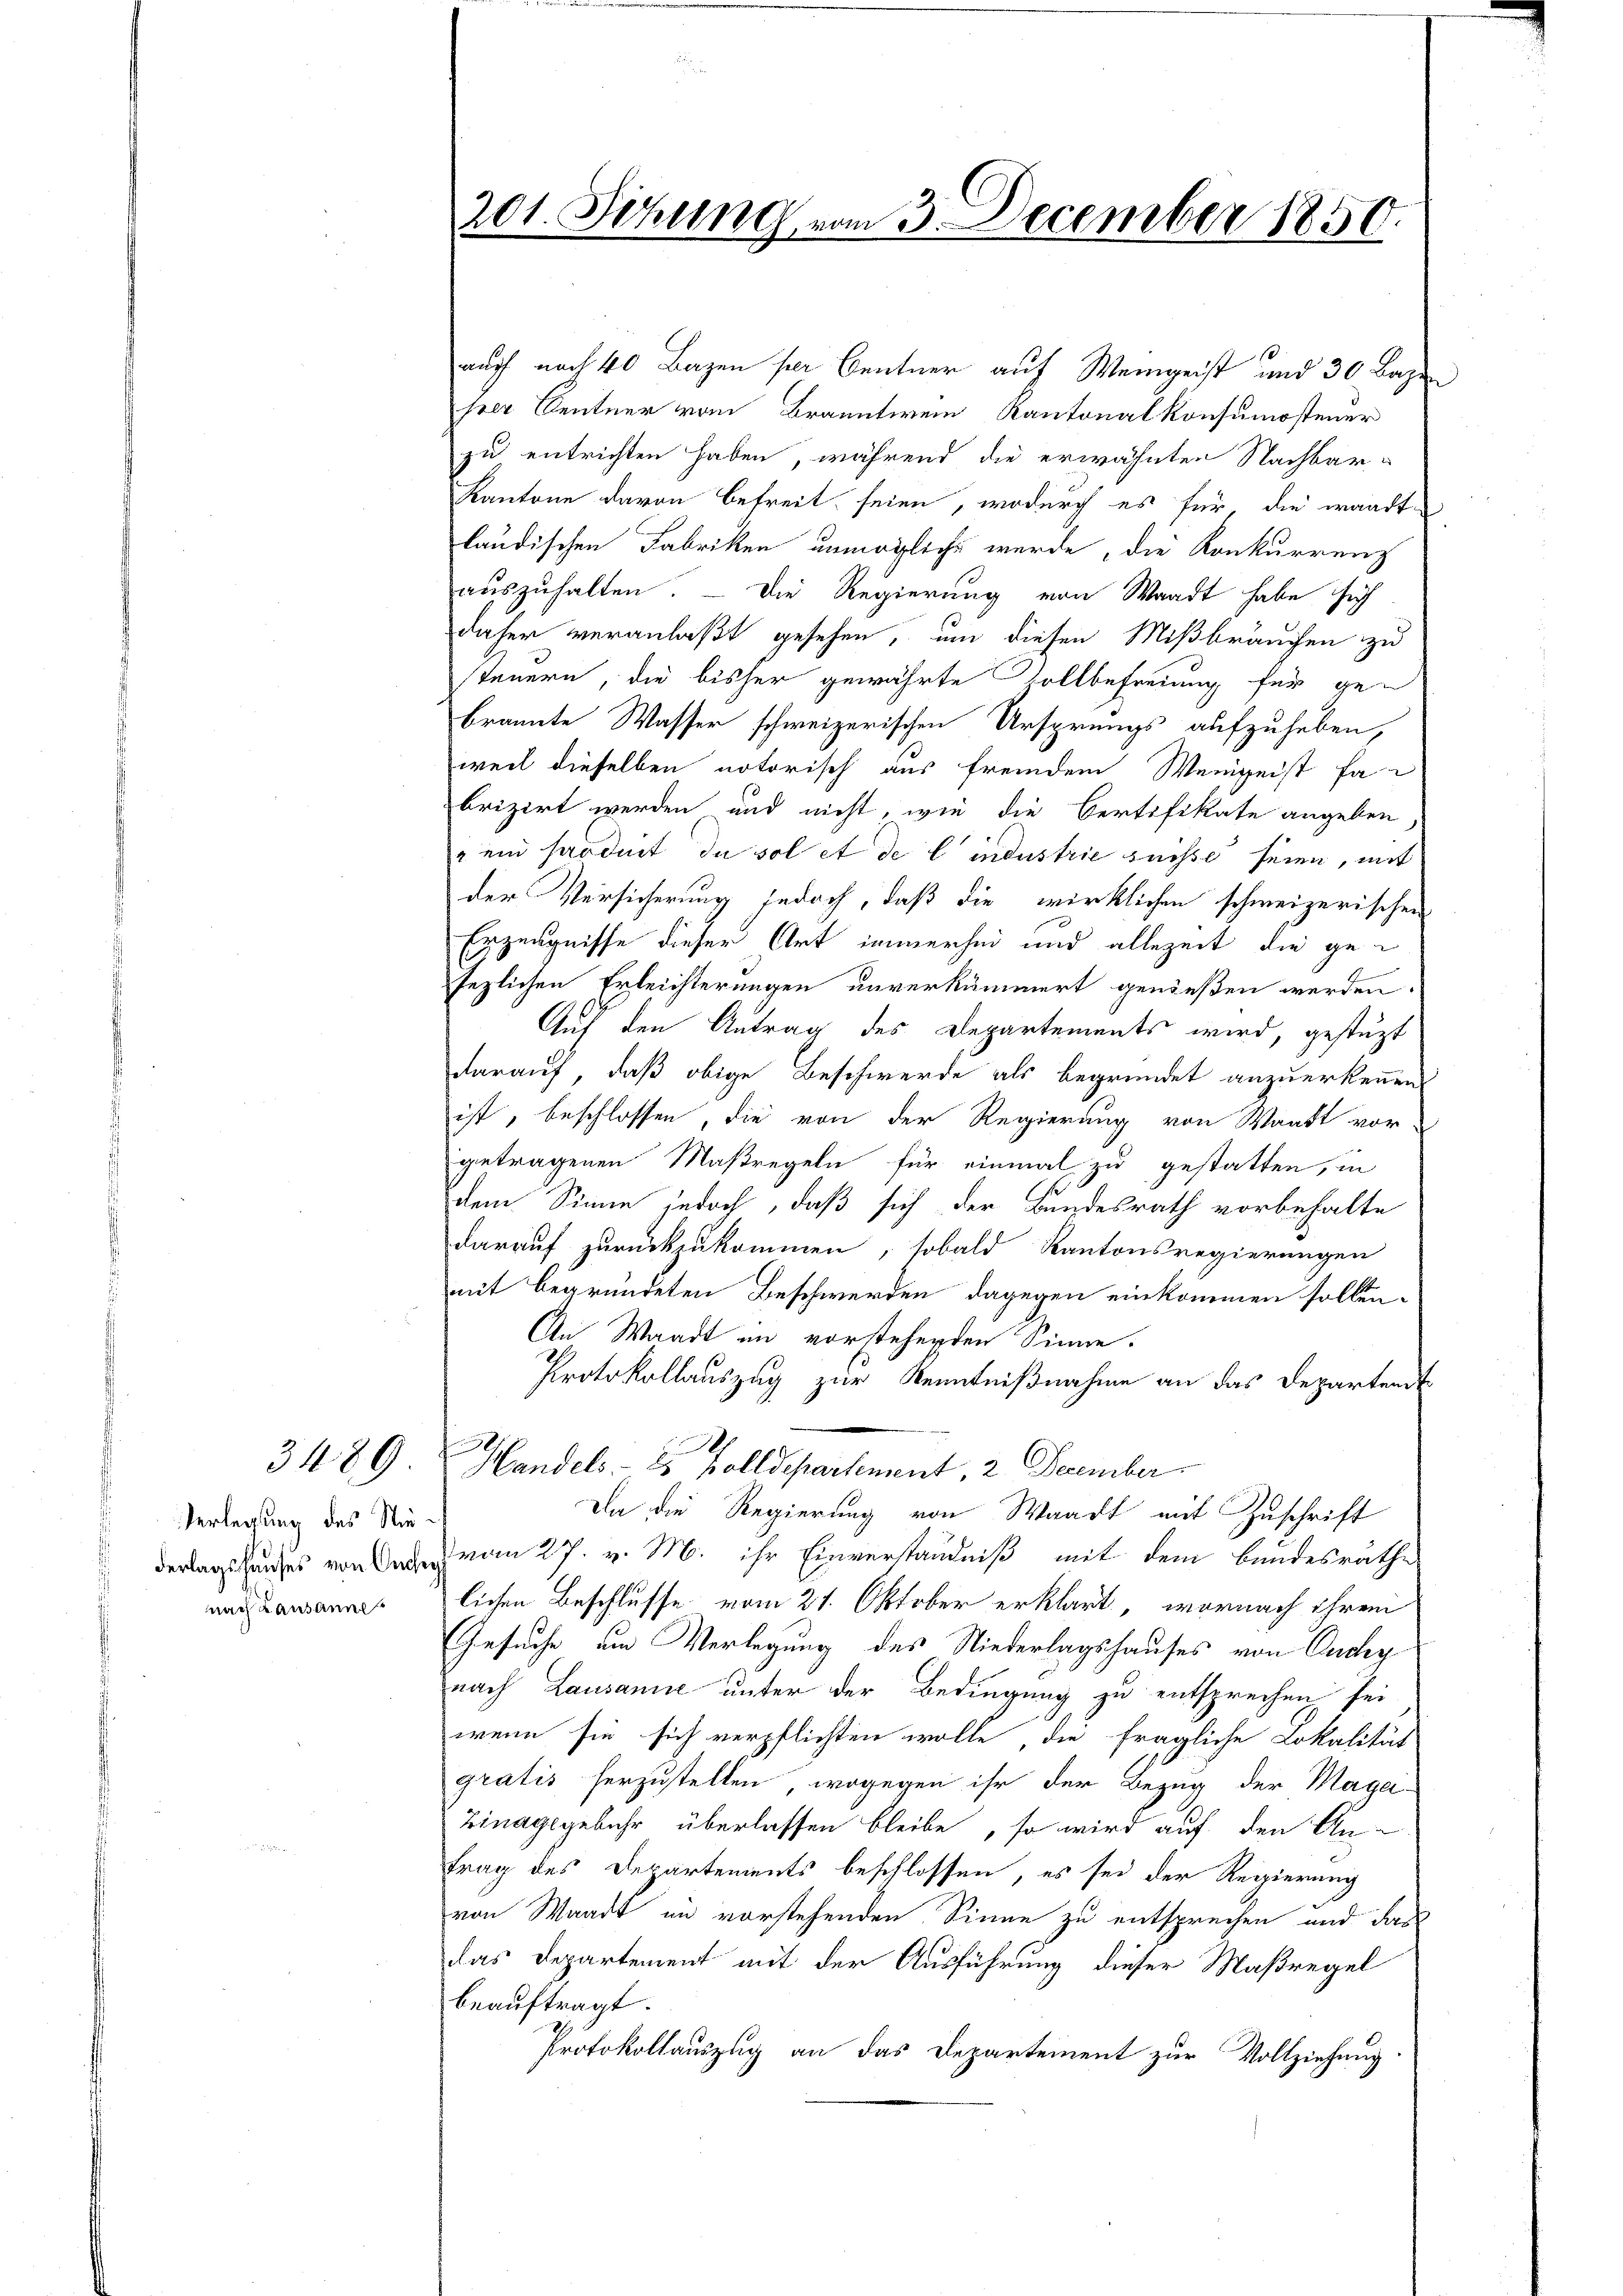
Verlegung des Nienach Lausanne

201. Sitzung vom 3. December 1850.

auch nach 40 Bazen per Centner auf Weingeist und 30 Bazen
per Centner vom Branntwein Kantonalkonsumostener
zu entrichten haben, während die erwähnten Nachbar¬
Kantone davon befreit seien, wodurch es für, die waadt-
ländischen Fabriken unmögliche werde, die Konkurrenz
auszuhalten. — Die Regierung von Waadt habe sich
daher veranlaßt gesehen, um diesen Mißbräuchen zu
steuern, die bisher gewährte Zollbefreiung für gebrannte Wasser schweizerischen Ursprungs aufzuheben,
weil dieselben notorisch aus fremdem Weigeist fa
brizirt werden und nicht, wie die Certifikate angeben
" ein produit du sol et de lindustrie suisse seien, mit
der Versicherung jedoch, daß die wirklichen schweizerischen
Erzeugnisse dieser Art immerhei und allezeit die gefezlichen Erleichterungen unverkümmert genießen werden.
Auf den Antrag des Departements wird, gestüzt
darauf, daß obige Beschwerde als begründet anzuerkennen
ist, beschlossen, die von der Regierung von Waadt vor-
getragenen Maßregeln für einmal zu gestatten, in
dem Sinne jedoch, daß sich der Bundesrath vorbehalte
darauf zurückzukommen, sobald Kantonsregierungen
mit begründeten Beschwerden dagegen einkommen sollen.
An Waadt im vorstehenden Sinne.
Protokollauszug zur Kenntnißnahme an das Departend
x
3489. Handels- 2 Zolldepartement, 2 December
Da die Regierung von Waadt mit Zuschrift
derlagschauses von von 27. v. M. ihr Einverständniß mit dem Bandesräthe
lichen Beschlusse vom 21. Oktober erklärt, wornach ihrem
Gesuche um Verlegung des Niederlagshauses von Ouchy
nach Lausanne unter der Bedingung zu entsprechen sei
wenn sie sich verpflichten wolle, die fragliche Lokalität
gratis herzustellen, wogegen ihr der Bezug der Magei-
Zinagegebühr überlassen bleibe, so wird auf den An-
trag des Departements beschlossen, es sei der Regierung
von Waadt in vorstehenden Sinne zu entsprechen und das
das Departement mit der Ausführung dieser Maßregel
beauftragt.
Protokollauszug an das Departement zur Vollziehung.